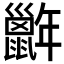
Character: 𢆭